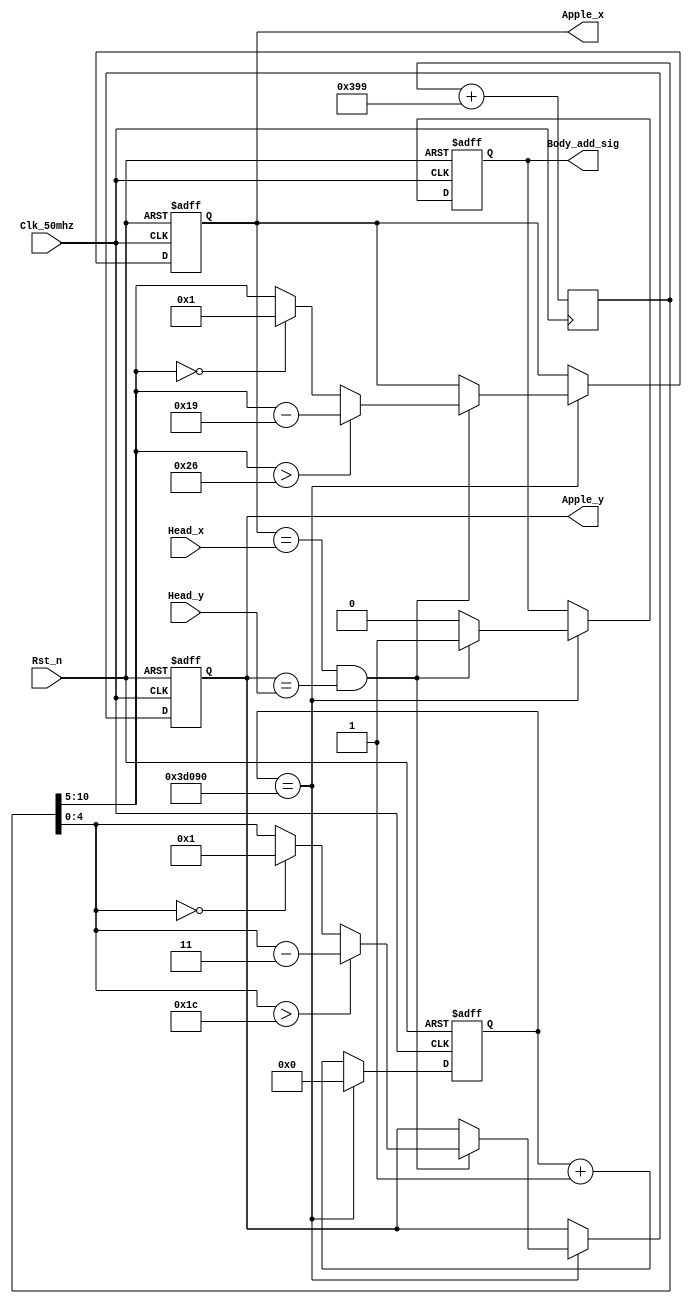
module Apple_generate_module//
(
	input Clk_50mhz,//50MHZ
	input Rst_n,//
	
	input [5:0] Head_x,//X
	input [5:0] Head_y,//Y
	
	output reg [5:0] Apple_x,//X
	output reg [4:0] Apple_y,//Y

	output reg Body_add_sig//
);
/***************************************************************************/
	reg [31:0] Count1;//32
	reg [10:0] Random_num;//116X 5Y
	
	always@(posedge Clk_50mhz)
	begin	
		Random_num <= Random_num + 11'd921;  //+921
	end												 //
	
	always@(posedge Clk_50mhz or negedge Rst_n)
	begin
		if(!Rst_n)
		begin
			Count1 <= 32'd0;//
			
			Apple_x <= 6'd28;//
			Apple_y <= 5'd13;//X,Y
			
			Body_add_sig <= 1'd0;//0
		end
		else	if(Count1 == 32'd250_000)//0.5
				begin
					Count1 <= 32'd0;
					if((Apple_x == Head_x) && (Apple_y == Head_y))//,
					begin//X Y
						Body_add_sig <= 1'd1;
						Apple_x <= (Random_num[10:5]> 6'd38)?		(Random_num[10:5] - 6'd25)		:		((Random_num[10:5] == 6'd0)?		6'd1		:		Random_num[10:5]);
						Apple_y <= (Random_num[4:0] > 5'd28)?		(Random_num[4:0] - 5'd3)		:		((Random_num[4:0] == 5'd0)?		5'd1		:		Random_num[4:0]);
					end   
					else
						Body_add_sig <= 1'd0;
				end
		else
			Count1 <= Count1 + 32'd1;
	end
endmodule